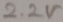
Text: 2.2V